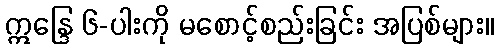
ဣန္ဒြေ ၆-ပါးကို မစောင့်စည်းခြင်း အပြစ်များ။